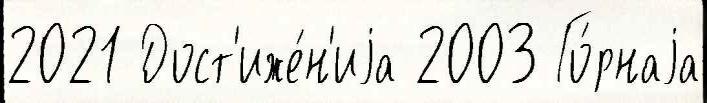
2021 Дост'иже́н'иjа 2003 Го́рнаjа